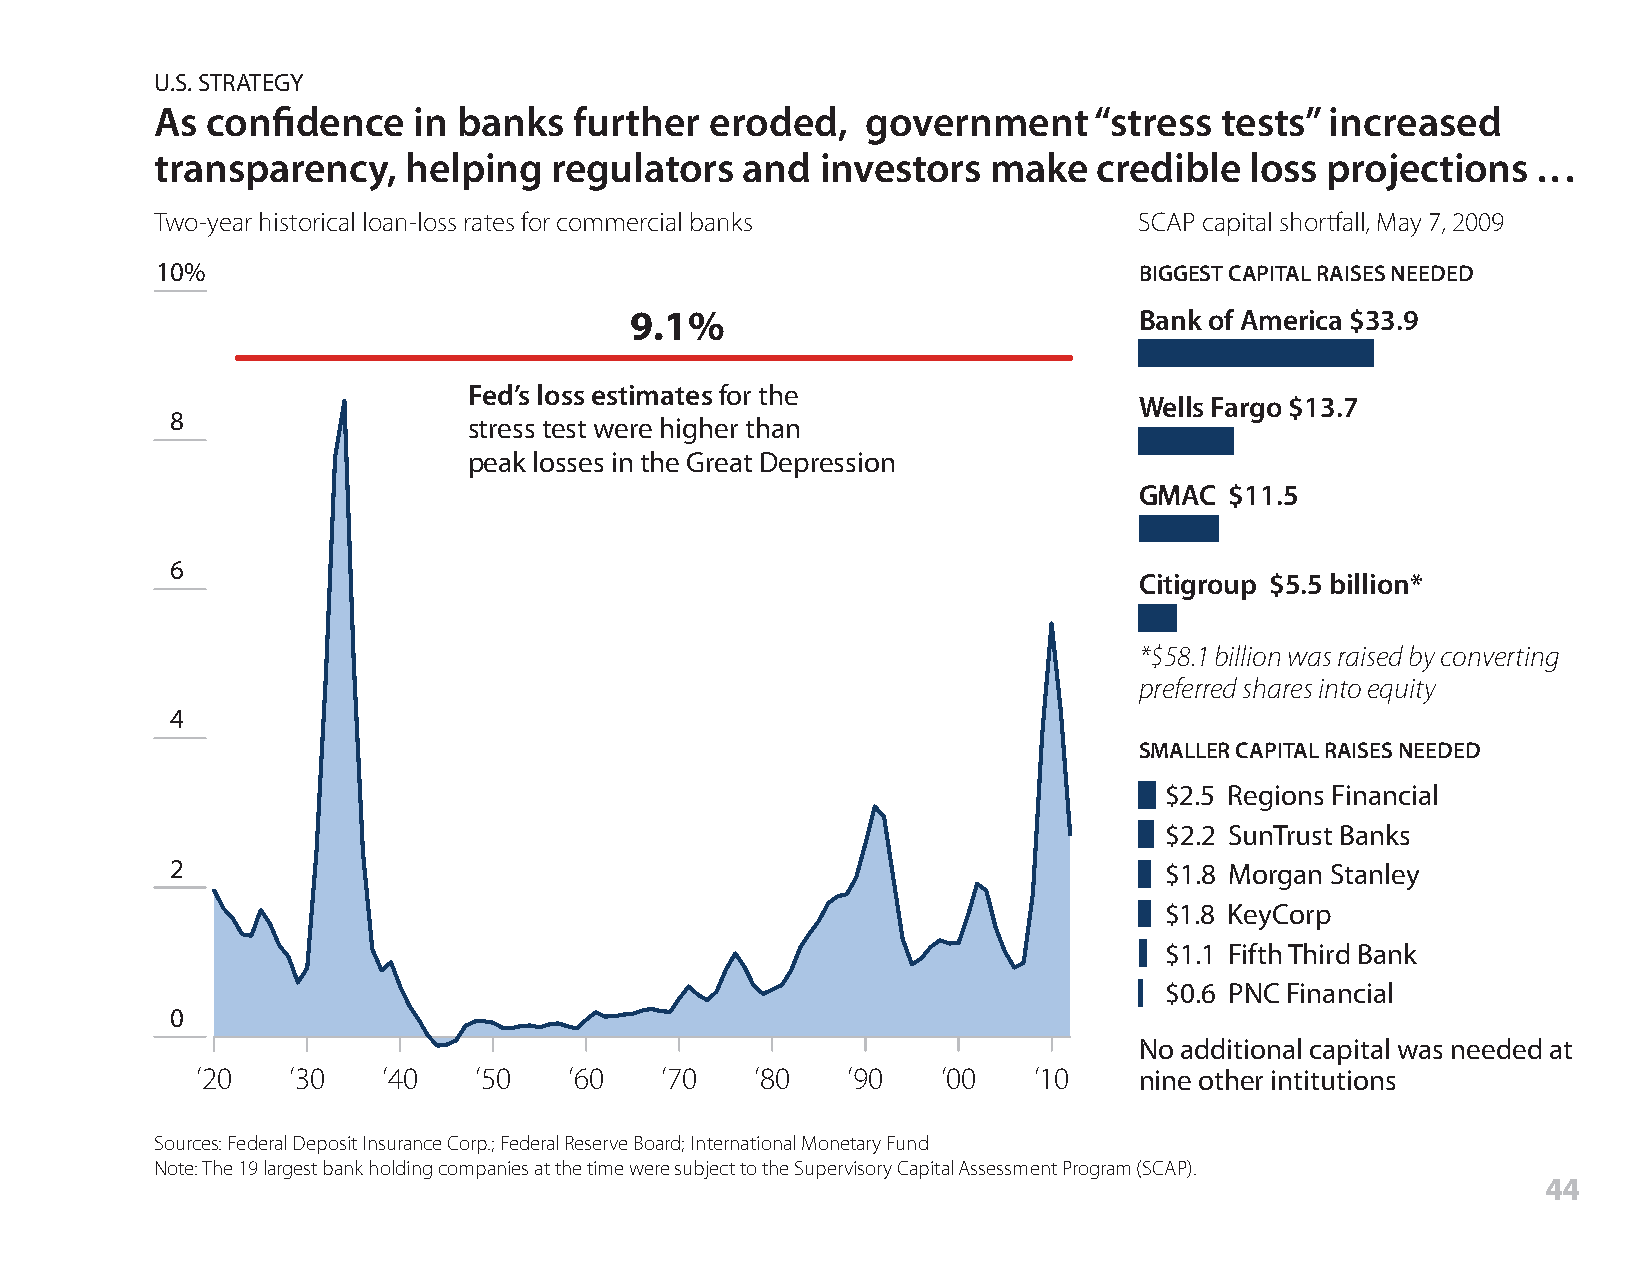
U.S. STRATEGY
 As  confidence   in banks   further  eroded,   government     “stress  tests” increased
 transparency,    helping  regulators   and  investors  make    credible  loss projections   . . .
 Two-year historical loan-loss rates for commercial banks         SCAP capital shortfall, May 7, 2009
 10%                                                              BIGGEST CAPITAL RAISES NEEDED
 9.1%                             Bank of America $33.9
 Fed’s loss estimates for the
 Wells Fargo $13.7
 8
 stress test were higher than
 peak losses in the Great Depression
 GMAC  $11.5
 6
 Citigroup $5.5 billion*
 *$58.1 billion was raised by converting
 preferred shares into equity
 4
 SMALLER CAPITAL RAISES NEEDED
 $2.5 Regions Financial
 $2.2 SunTrust Banks
 2                                                                 $1.8 Morgan Stanley
 $1.8 KeyCorp
 $1.1 Fifth Third Bank
 $0.6 PNC Financial
 0
 No additional capital was needed at
 ’20   ’30   ’40   ’50    ’60   ’70   ’80   ’90   ’00   ’10    nine other intitutions
 Sources: Federal Deposit Insurance Corp.; Federal Reserve Board; International Monetary Fund
 Note: The 19 largest bank holding companies at the time were subject to the Supervisory Capital Assessment Program (SCAP).
 44